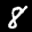
Label: 8